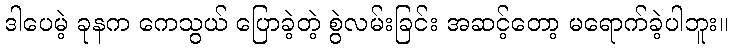
ဒါပေမဲ့ ခုနက ကေသွယ် ပြောခဲ့တဲ့ စွဲလမ်းခြင်း အဆင့်တော့ မရောက်ခဲ့ပါဘူး။